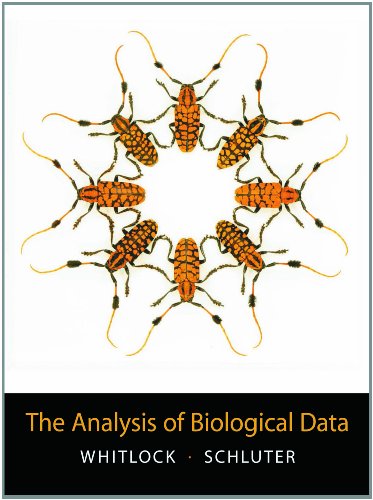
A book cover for The Analysis of Biological Data; Michael C. Whitlock; Medical Books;